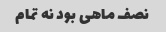
نصف ماهی بود نه تمام